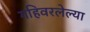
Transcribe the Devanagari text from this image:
गहिवरलेल्या